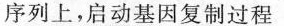
序列上，启动基因复制过程